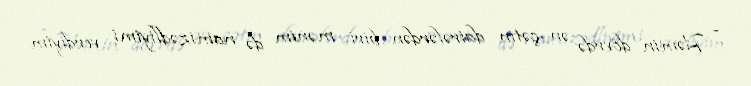
- Həmin dövrdə ən çətin dairələrdən biri mənim də namizədliyimi verdiyim